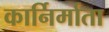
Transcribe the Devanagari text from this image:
कार्निर्माता